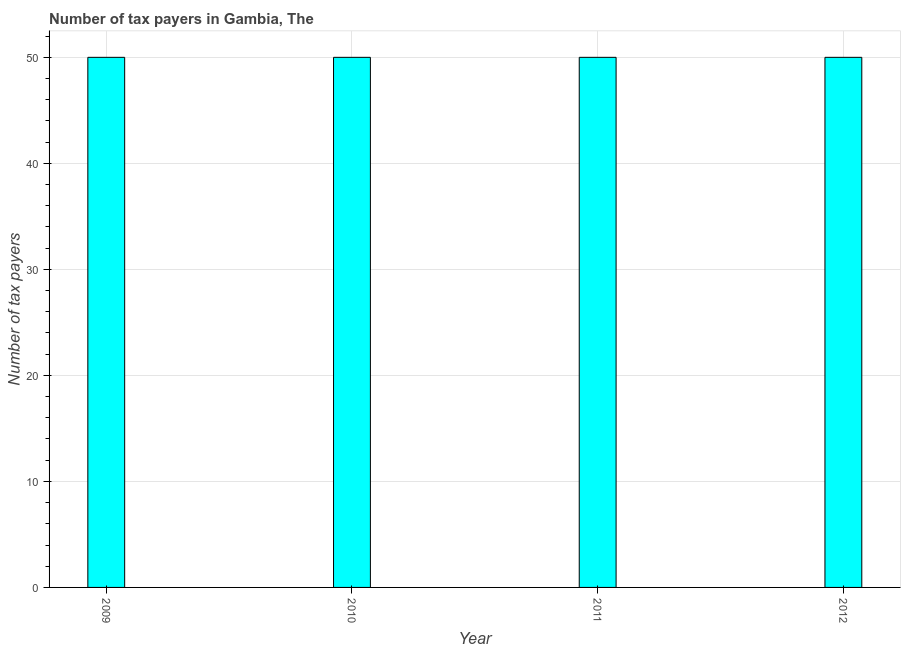
| Year | Tax payments |
 | --- | --- |
 | 2009 | 50 |
 | 2010 | 50 |
 | 2011 | 50 |
 | 2012 | 50 |